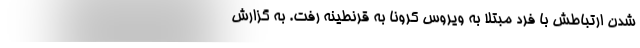
شدن ارتباطش با فرد مبتلا به ویروس کرونا به قرنطینه رفت. به گزارش